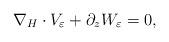
LaTeX: \begin{align*}\nabla_H\cdot V_\varepsilon+\partial_zW_\varepsilon=0,\end{align*}